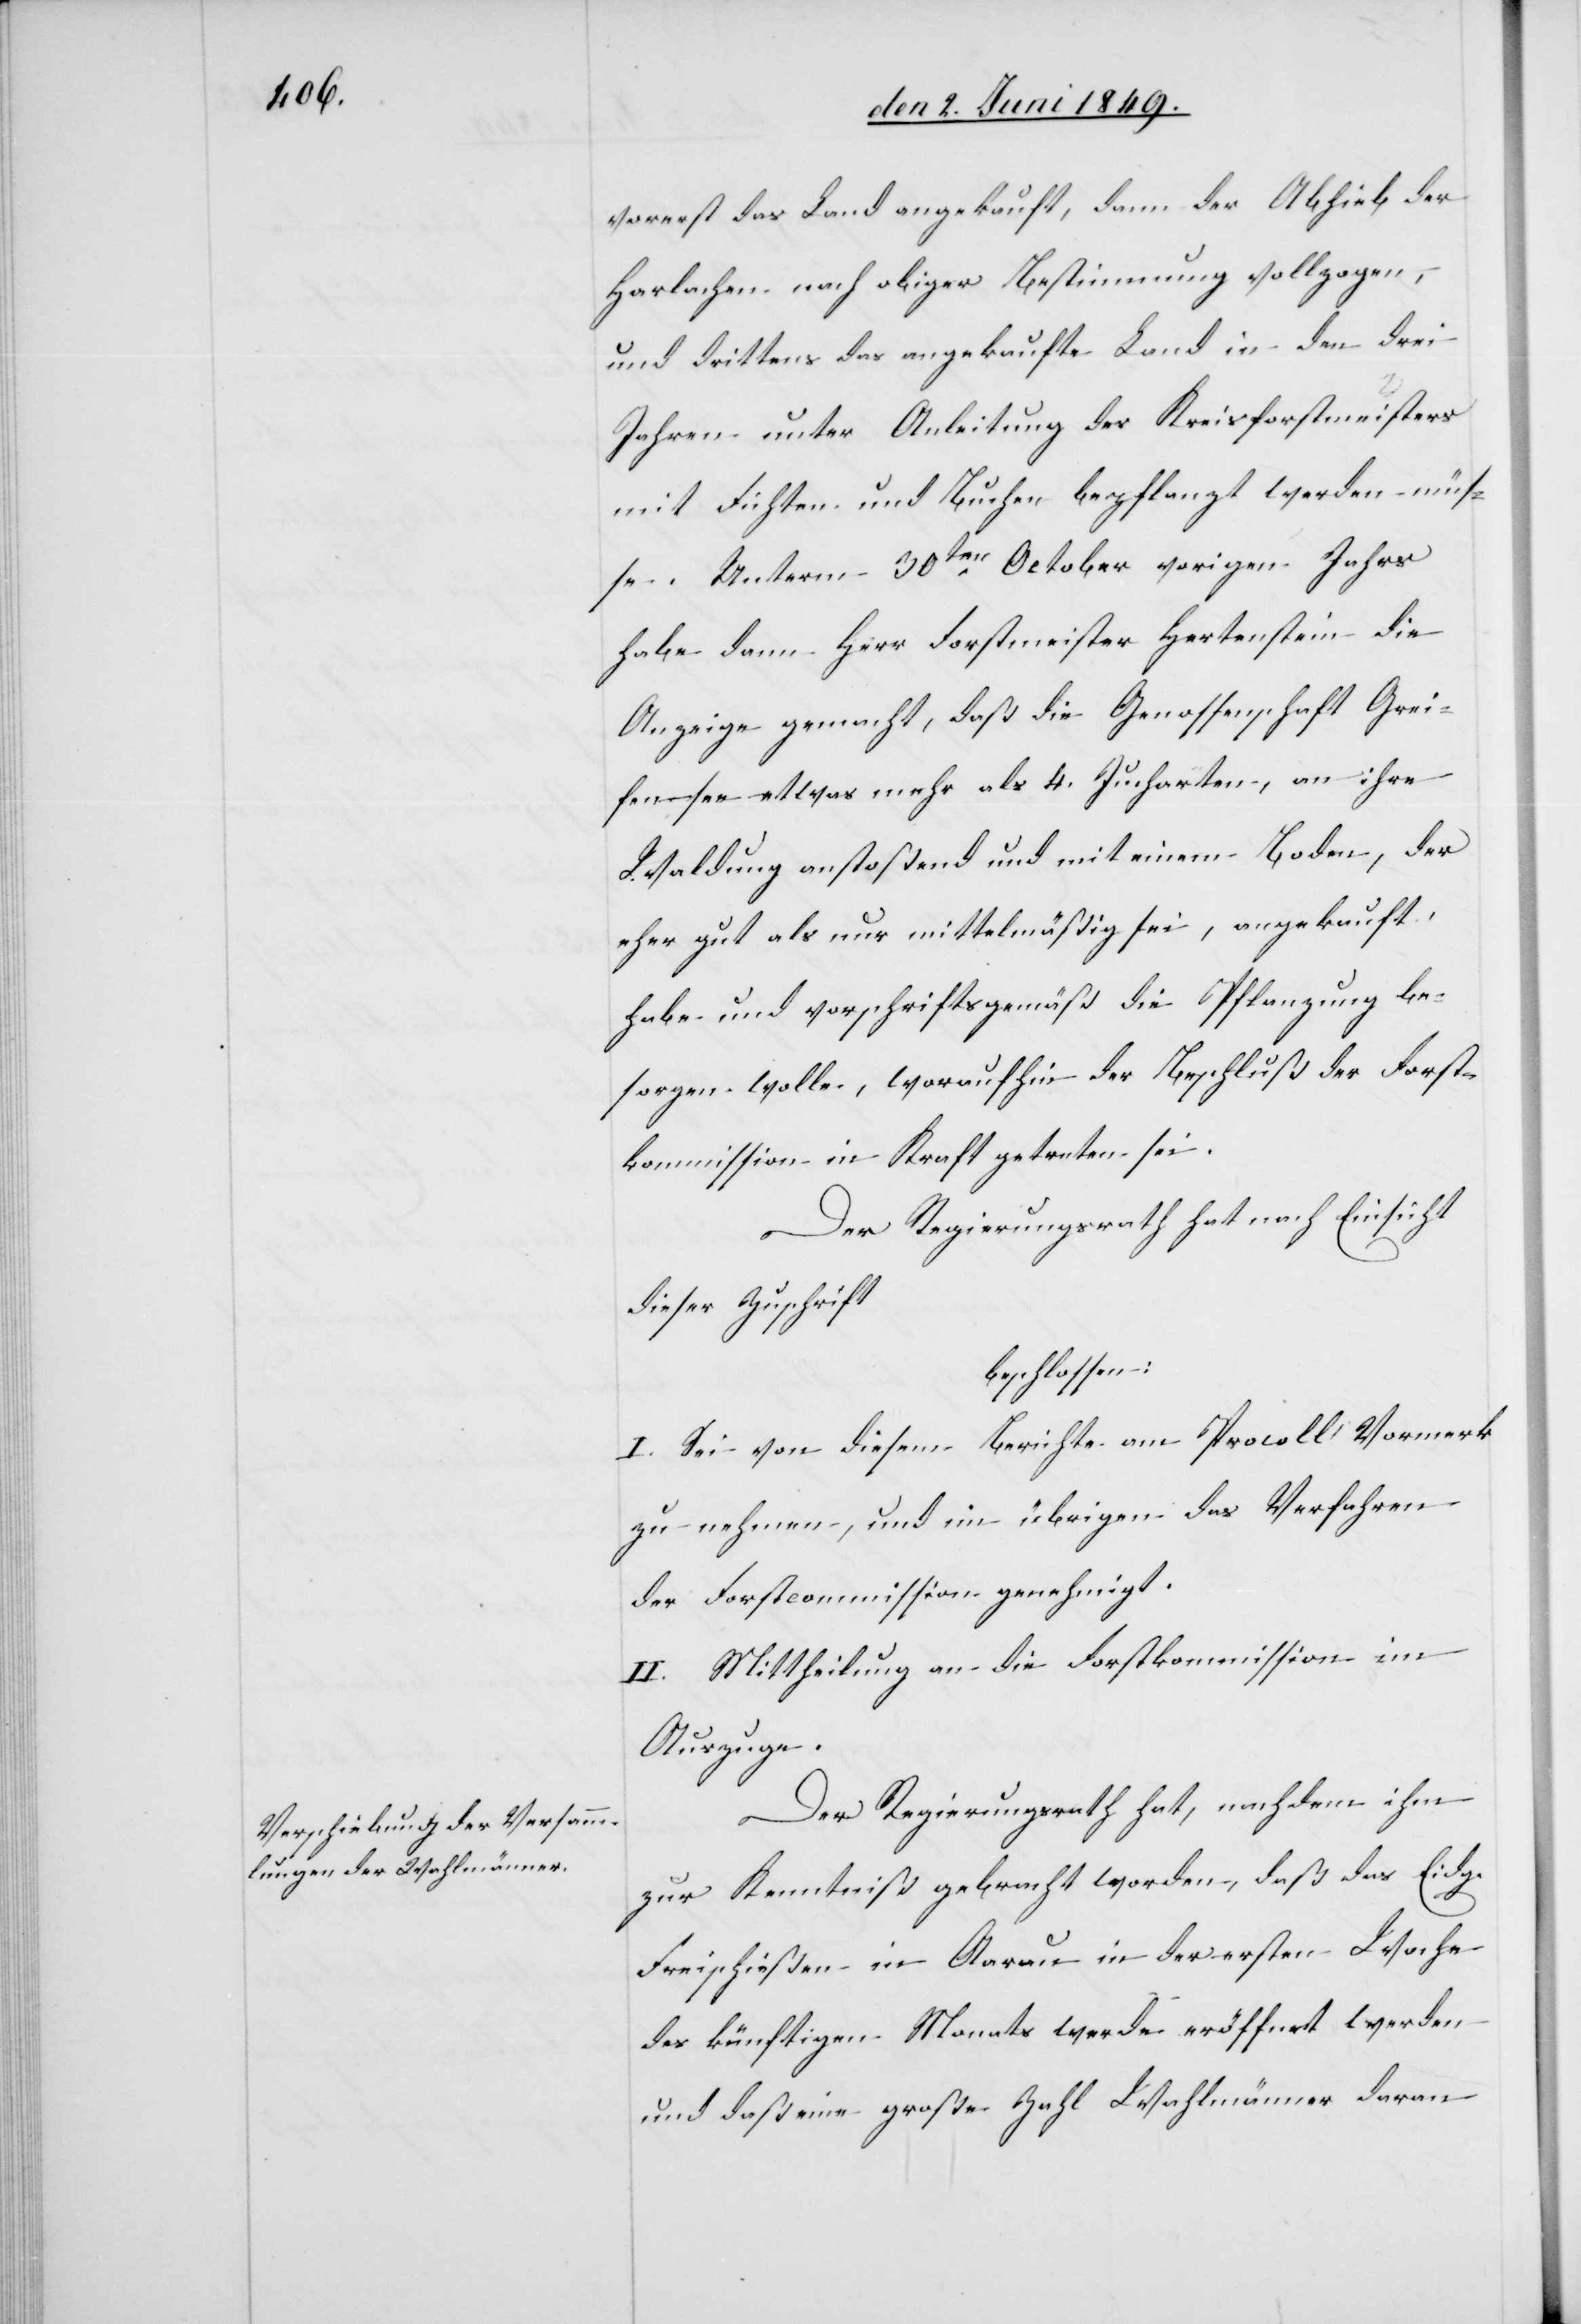
vorerst das Land angekauft, dann der Abhieb der
Harlachen nach obiger Bestimmung vollzogen,
und drittens das angekaufte Land in den drei
Jahren unter Anleitung des Kreisforstmeisters
mit Fichten und Buchen bepflanzt werden müs¬
se. Unterm 30ten October vorigen Jahrs
habe dann hier Forstmeister Hertenstein die
Anzeige gemacht, daß die Genossenschaft Grei¬
fensee etwas mehr als 4. Jucharten, an ihre
Waldung anstoßend und mit einem Boden, der
eher gut als nur mittelmäßig sei, angekauft
habe und vorschriftsgemäß die Pflanzung be¬
sorgen wolle, woraufhin der Beschluß der Forst¬
kommission in Kraft getreten sei.
Der Regierungsrath hat nach dieser
beschlossen:
I. Sei von diesem Berichte am Pro[to]coll Vormerk
zu nehmen, und im übrigen das Verfahren
der Forstcommission genehmigt.
II. Mittheilung an die Forstkommission im
Auszuge.
Der Regierungsrath hat, nachdem ihm
zur Kenntniß gebracht worden, daß das Eidg.
Freischießen in Aarau in der ersten Woche
des künftigen Monats werde eröffnet werden
und daß eine große Zahl Wahlmänner daran